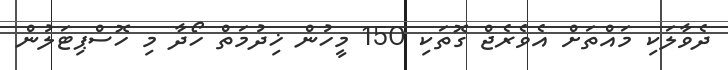
ދެވާލަކި މައްތަށް އެވެރެޖް ގޮތަކި 150 މީހުން ޚިދުމަތް ހޯދާ މި ހޮސްޕިޓަލުން